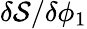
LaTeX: \delta\mathcal{S}/\delta\phi_{1}